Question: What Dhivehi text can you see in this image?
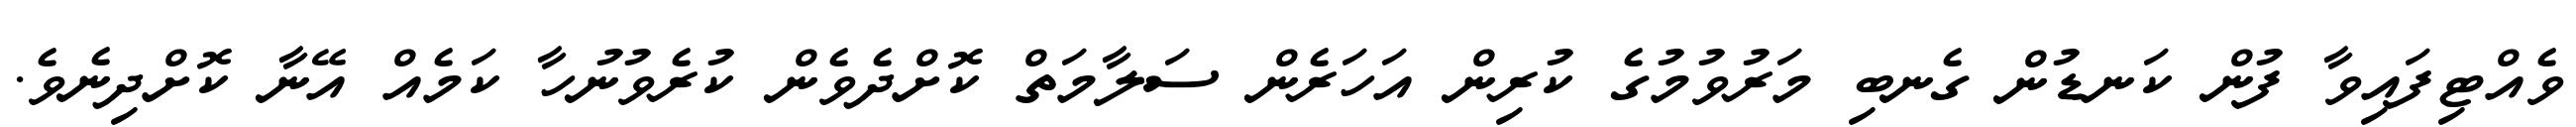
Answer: ވެއްޓިފައިވާ ފުން ކަނޑުން ގެނބި މަރުވުމުގެ ކުރިން އަހަރެން ސަލާމަތް ކޮށްދެވެން ކުރެވުނުހާ ކަމެއް އޭނާ ކޮށްދިނެވެ.